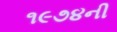
૧૯૭૪ની